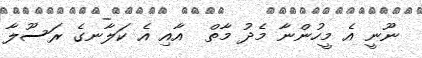
ނޫނީ އެ މީހުންނާ މެދު މާތް  އާއި އެ ކަލާނގެ ރަސޫލާ